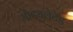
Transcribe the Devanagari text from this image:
मोड्युलेटेड